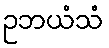
ဥဘယံသံ